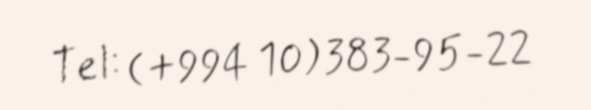
Tel: (+994 10) 383-95-22